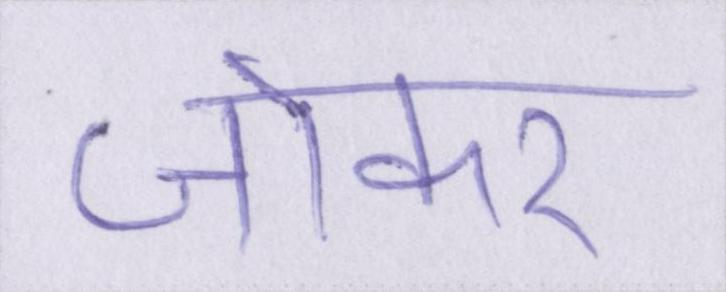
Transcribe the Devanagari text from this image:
जोकर